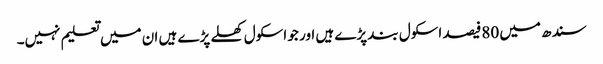
سندھ میں 80فیصد اسکول بند پڑے ہیں اور جو اسکول کھلے پڑے ہیں ان میں تعلیم نہیں۔